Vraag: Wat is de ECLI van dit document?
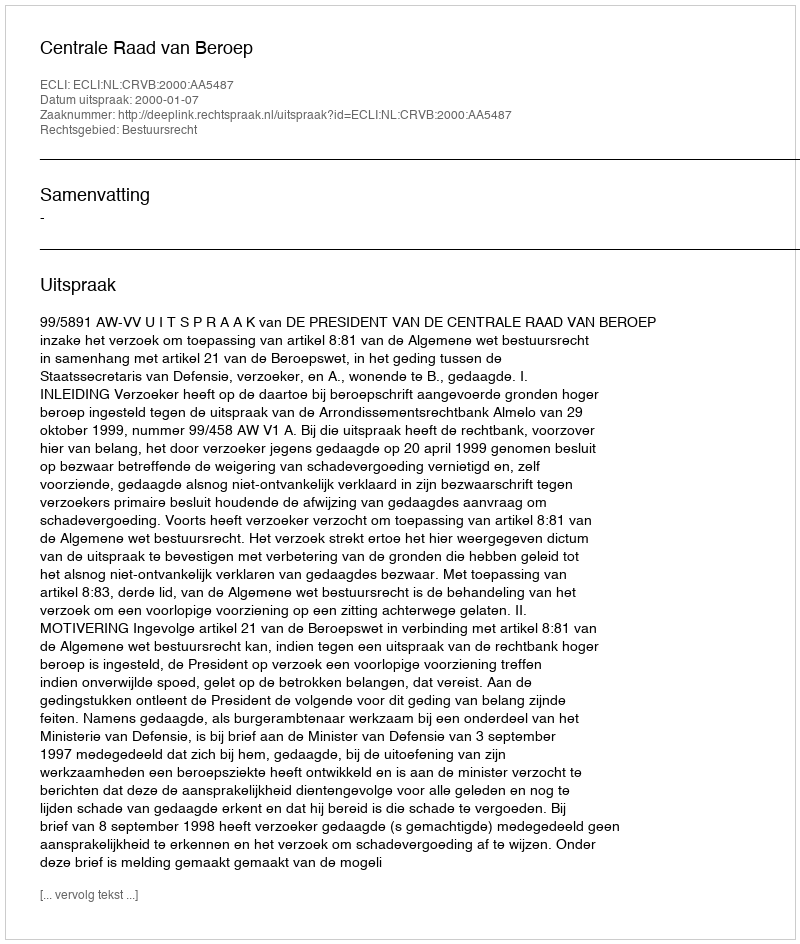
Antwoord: ECLI:NL:CRVB:2000:AA5487